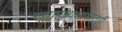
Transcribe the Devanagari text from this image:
स्थापत्यशास्रातही